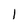
Character: 1